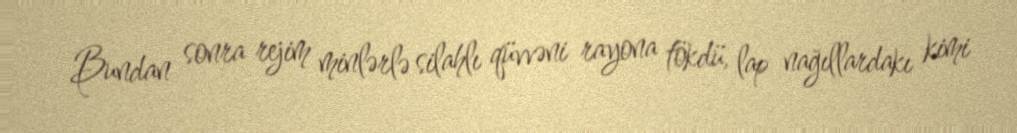
Bundan sonra rejim minlərlə silahlı qüvvəni rayona tökdü, lap nağıllardakı kimi